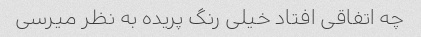
چه اتفاقی افتاد خیلی رنگ پریده به نظر میرسی